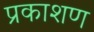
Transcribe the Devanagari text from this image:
प्रकाशण